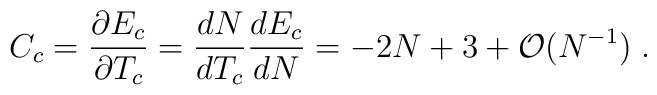
C_c=\frac{\partial E_c}{\partial T_c}=\frac{dN}{dT_c}\frac{dE_c}{dN}=-2N+3+{\cal O}(N^{-1}) \; .